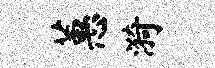
蕙漪